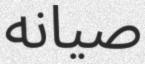
صيانه